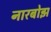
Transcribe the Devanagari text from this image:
नारबोझ